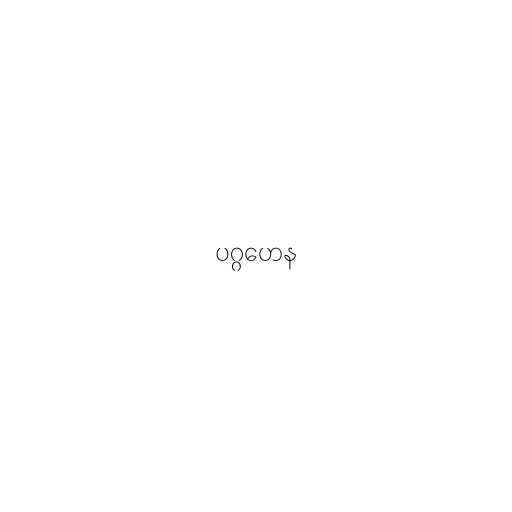
ပဂ္ဂဟေန